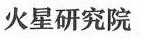
火星研究院